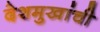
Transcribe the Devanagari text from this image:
देशमुखांची